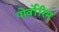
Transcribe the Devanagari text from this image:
पोर्वोरिम